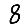
Digit: 8